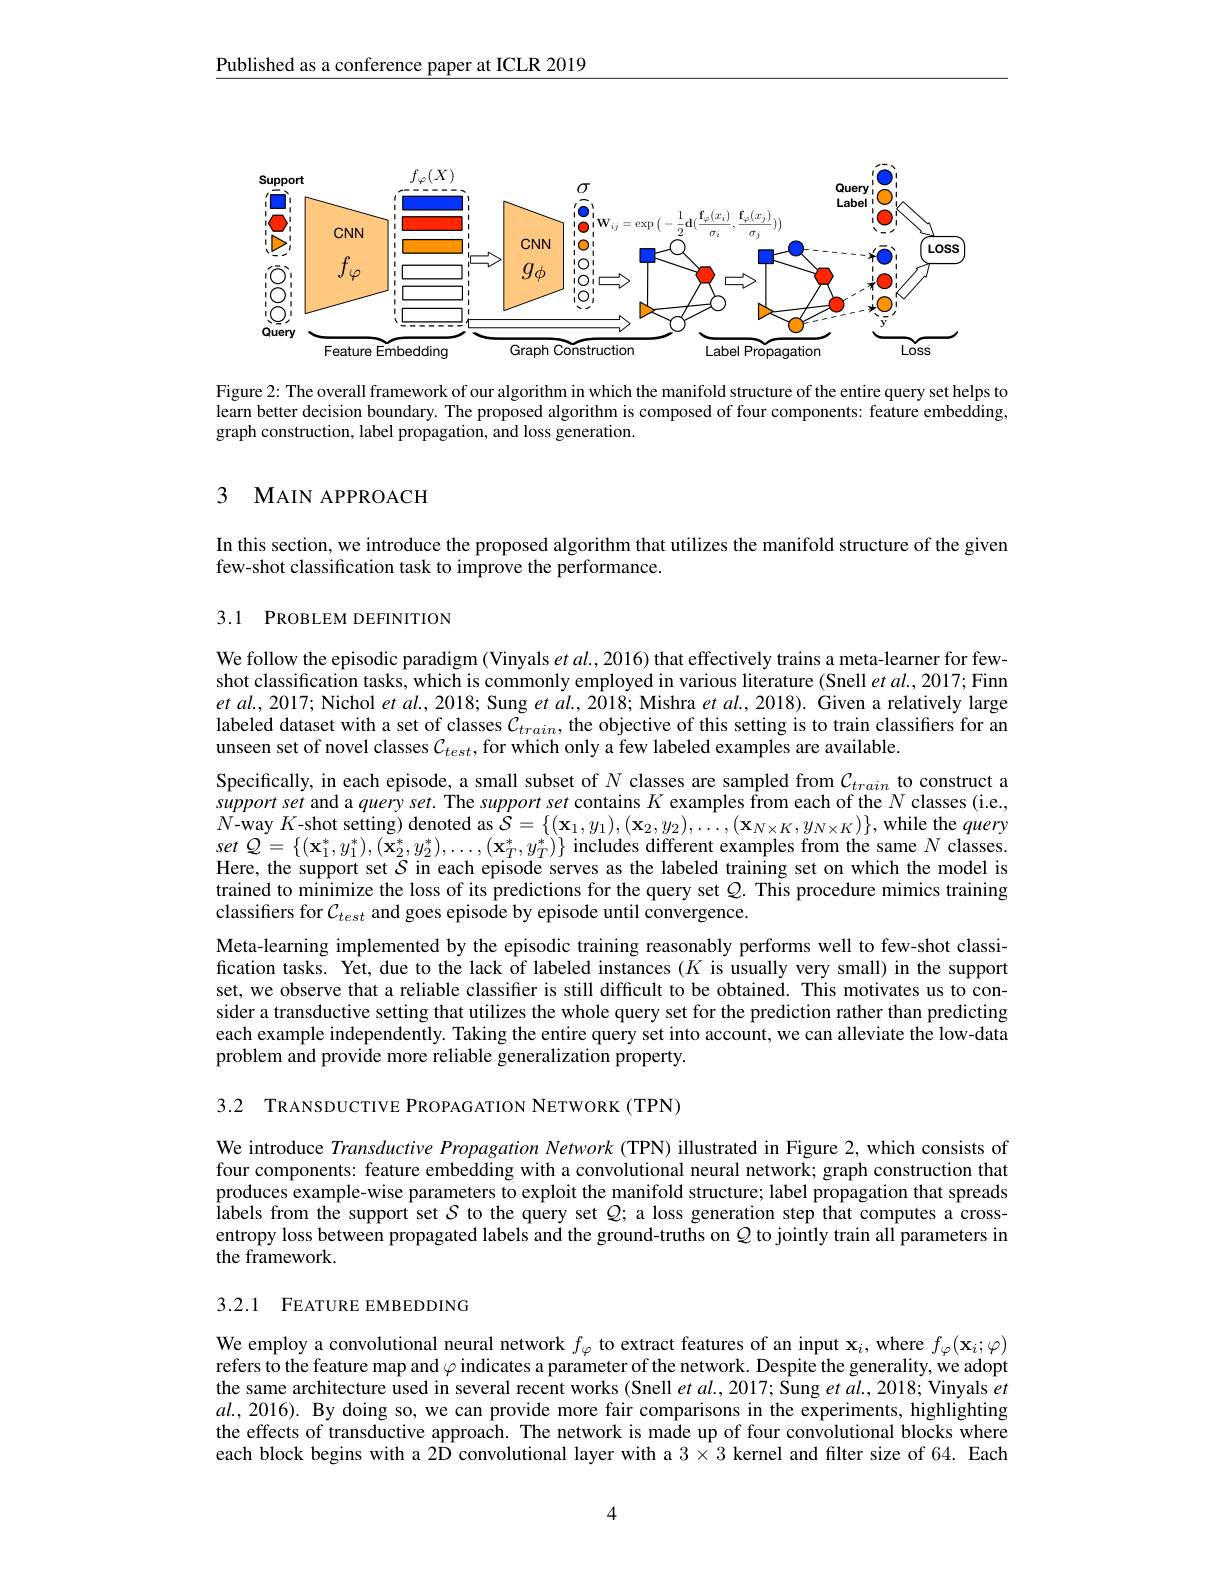
Published as a conference paper at ICLR 2019

<FigureHere>

Figure 2: The overall framework of our algorithm in which the manifold structure of the entire query set helps to learn better decision boundary. The proposed algorithm is composed of four components: feature embedding, graph construction, label propagation, and loss generation.

### 3 MAIN APPROACH

In this section, we introduce the proposed algorithm that utilizes the manifold structure of the given
few-shot classification task to improve the performance.

## 3.1 PROBLEM DEFINITION

We follow the episodic paradigm (Vinyals $et\textit{al. , 2016) that effectively trains a meta- learner for few- }$ shot classification tasks, which is commonly employed in various literature (Snell et $al.,2017;$ Finn $etal.,2017;$ Nichol $etal.,2018;$ Sung $etal.,2018;$ Mishra $etal.,2018).$ Given a relatively large labeled dataset with a set of classes $C_{train}$, the objective of this setting is to train classifiers for an unseen set of novel classes $\mathcal{C}_{test}$, for which only a few labeled examples are available.
Specifically, in each episode, a small subset of $N$ classes are sampled from $\mathcal{C}_train$ to construct a support set and a query set. The support set contains $K$ examples from each of the $N$ classes (i.e., $N$-way $K$-shot setting) denoted as $\mathcal{S}=\{(\mathbf{x}_1,y_1),(\mathbf{x}_2,y_2),\ldots,(\mathbf{x}_{N\times K},y_{N\times K})\}$, while the query $setQ=\{(\mathbf{x}_{1}^{*},y_{1}^{*}),(\mathbf{x}_{2}^{*},y_{2}^{*}),\ldots,(\mathbf{x}_{T}^{*},y_{T}^{*})\}$ includes different examples from the same $N$ classes. Here, the support set $S$ in each episode serves as the labeled training set on which the model is trained to minimize the loss of its predictions for the query set $Q.$ This procedure mimics training classifiers for $\mathcal{C}_{test}$ and goes episode by episode until convergence.
Meta-learning implemented by the episodic training reasonably performs well to few-shot classification tasks. Yet, due to the lack of labeled instances $(K$ is usually very small) in the support set, we observe that a reliable classifier is still difficult to be obtained. This motivates us to consider a transductive setting that utilizes the whole query set for the prediction rather than predicting each example independently. Taking the entire query set into account, we can alleviate the low-data problem and provide more reliable generalization property.

3.2 TRANSDUCTIVE PROPAGATION NETWORK (TPN)

We introduce Transductive Propagation Network (TPN) illustrated in Figure 2, which consists of four components: feature embedding with a convolutional neural network; graph construction that produces example-wise parameters to exploit the manifold structure; label propagation that spreads Îabels from the support set $\mathcal{S}$ to the query set $Q;$ a loss generation step that computes a crossentropy loss between propagated labels and the ground-truths on $Q$ to jointly train all parameters in the framework.

## 3.2.1 FEATURE EMBEDDING

We employ a convolutional neural network $f_\varphi$ to extract features of an input $\mathbf{x}_i$, where $f_\varphi(\mathbf{x}_i;\varphi)$ refers to the feature map and $\varphi$ indicates a parameter of the network. Despite the generality, we adopt the same architecture used in several recent works (Snell et al., 2017; Sung et al., 2018; Vinyals $et$ $al.,2016).$ By doing so, we can provide more fair comparisons in the experiments, highlighting the effects of transductive approach. The network is made up of four convolutional blocks where each block begins with a $2\overline{\text{D}}$ convolutional layer with a $3\times3$ kernel and filter size of 64. Each

4